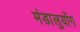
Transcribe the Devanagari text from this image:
मंडालुयोंग